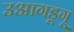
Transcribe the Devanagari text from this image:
उआगडूगू